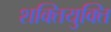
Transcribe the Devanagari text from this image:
शक्तियुक्ति